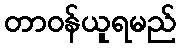
တာဝန်ယူရမည်